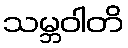
သမ္ဘဝါတိ